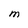
Character: M